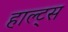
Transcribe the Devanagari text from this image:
हाल्ट्स